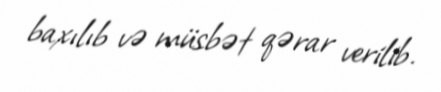
baxılıb və müsbət qərar verilib.